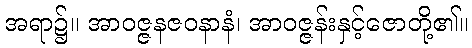
အရာ၌။ အာဝဇ္ဇနဇဝနာနံ၊ အာဝဇ္ဇန်းနှင့်ဇောတို့၏။